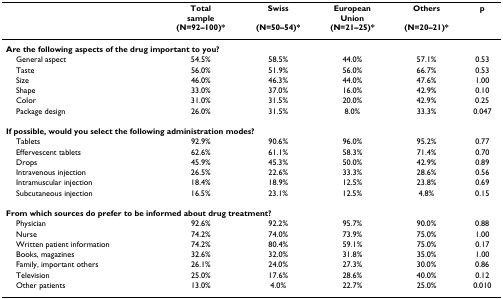
|  | Total sample (N=92–100)* | Swiss(N=50–54)* | European Union(N=21–25)* | Others (N=20–21)* | p |
 | --- | --- | --- | --- | --- | --- |
 | <COLSPAN=6> Are the following aspects of the drug important to you? |
 | General aspect | 54.5% | 58.5% | 44.0% | 57.1% | 0.53 |
 | Taste | 56.0% | 51.9% | 56.0% | 66.7% | 0.53 |
 | Size | 46.0% | 46.3% | 44.0% | 47.6% | 1.00 |
 | Shape | 33.0% | 37.0% | 16.0% | 42.9% | 0.10 |
 | Color | 31.0% | 31.5% | 20.0% | 42.9% | 0.25 |
 | Package design | 26.0% | 31.5% | 8.0% | 33.3% | 0.047 |
 | <COLSPAN=6> If possible, would you select the following administration modes? |
 | Tablets | 92.9% | 90.6% | 96.0% | 95.2% | 0.77 |
 | Effervescent tablets | 62.6% | 61.1% | 58.3% | 71.4% | 0.70 |
 | Drops | 45.9% | 45.3% | 50.0% | 42.9% | 0.89 |
 | Intravenous injection | 26.5% | 22.6% | 33.3% | 28.6% | 0.56 |
 | Intramuscular injection | 18.4% | 18.9% | 12.5% | 23.8% | 0.69 |
 | Subcutaneous injection | 16.5% | 23.1% | 12.5% | 4.8% | 0.15 |
 | <COLSPAN=6> From which sources do prefer to be informed about drug treatment? |
 | Physician | 92.6% | 92.2% | 95.7% | 90.0% | 0.88 |
 | Nurse | 74.2% | 74.0% | 73.9% | 75.0% | 1.00 |
 | Written patient information | 74.2% | 80.4% | 59.1% | 75.0% | 0.17 |
 | Books, magazines | 32.6% | 32.0% | 31.8% | 35.0% | 1.00 |
 | Family, important others | 26.1% | 24.0% | 27.3% | 30.0% | 0.86 |
 | Television | 25.0% | 17.6% | 28.6% | 40.0% | 0.12 |
 | Other patients | 13.0% | 4.0% | 22.7% | 25.0% | 0.010 |